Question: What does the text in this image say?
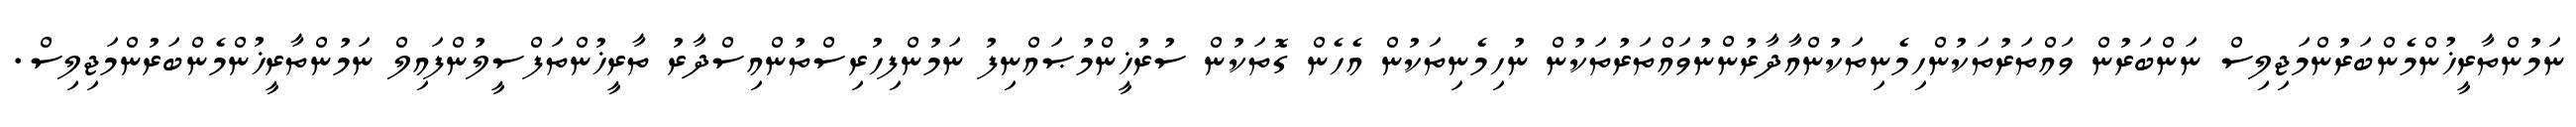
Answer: ނަމުންތާރީޚުންމެންބަރުންމަޖިލިސް ނަންބަރުން ވައްތަރުތަކުންހިމެނިތަކުންއާދާރުންނުވައްތަރުތަކުން ނުހިމެނިތަކުން އެހެން ގޮތަކުން ސުރުޚީންމުޞައްނިފު ނަމުންފިހުރިސްތުންއިސްދާރު ތާރީޚުންތަފްސީލުންފައިލް ނަމުންތާރީޚުންމެންބަރުންމަޖިލިސް.